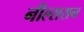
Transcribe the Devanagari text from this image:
नील्ससन